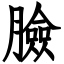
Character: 臉